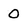
Character: 0